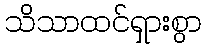
သိသာထင်ရှားစွာ